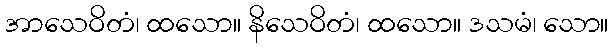
အာသေဝိတံ၊ ထသော။ နိသေဝိတံ၊ ထသော။ ဒသမံ၊ သော။